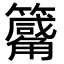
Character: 𥷑